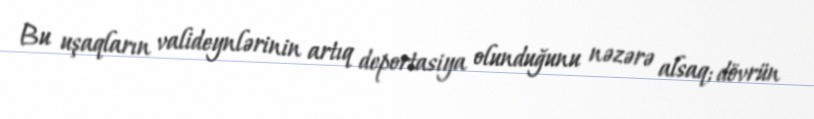
Bu uşaqların valideynlərinin artıq deportasiya olunduğunu nəzərə alsaq; dövrün